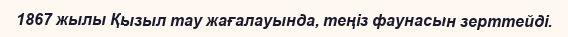
1867 жылы Қызыл тау жағалауында, теңіз фаунасын зерттейді.